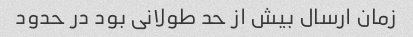
زمان ارسال بیش از حد طولانی بود در حدود